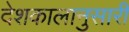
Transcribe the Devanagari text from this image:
देशकालानुसारी